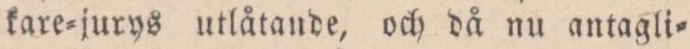
kare=jurys utlåtande, och då nu antagli=